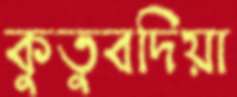
কুতুবদিয়া